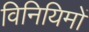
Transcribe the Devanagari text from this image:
विनियिमों